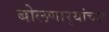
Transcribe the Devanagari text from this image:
बोलणार्‍यांच्या